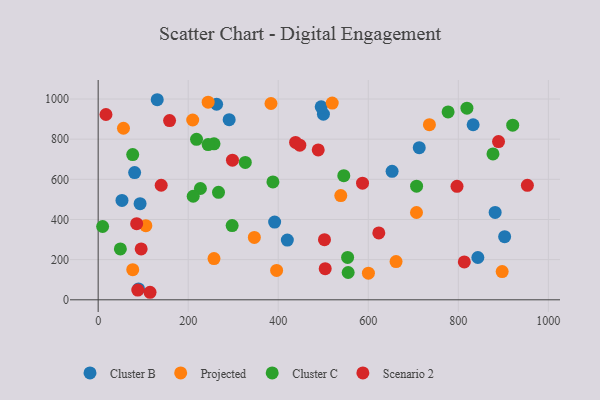
{"axis": {"x": "Experience", "y": "Yield"}, "legend": ["Cluster B", "Cluster C", "Projected", "Scenario 2"], "data": [{"x": "902.9", "y": 314.5, "type": "Cluster B"}, {"x": "843.4", "y": 210.6, "type": "Cluster B"}, {"x": "420.2", "y": 297.4, "type": "Cluster B"}, {"x": "713.2", "y": 757.6, "type": "Cluster B"}, {"x": "500.3", "y": 924.5, "type": "Cluster B"}, {"x": "52.9", "y": 494.9, "type": "Cluster B"}, {"x": "495.4", "y": 961.0, "type": "Cluster B"}, {"x": "392.0", "y": 387.0, "type": "Cluster B"}, {"x": "881.8", "y": 435.4, "type": "Cluster B"}, {"x": "131.2", "y": 996.4, "type": "Cluster B"}, {"x": "81.0", "y": 633.7, "type": "Cluster B"}, {"x": "832.9", "y": 871.8, "type": "Cluster B"}, {"x": "291.0", "y": 896.9, "type": "Cluster B"}, {"x": "93.1", "y": 478.5, "type": "Cluster B"}, {"x": "652.9", "y": 639.9, "type": "Cluster B"}, {"x": "89.8", "y": 54.4, "type": "Cluster B"}, {"x": "263.1", "y": 973.9, "type": "Cluster B"}, {"x": "56.2", "y": 854.3, "type": "Projected"}, {"x": "244.3", "y": 984.2, "type": "Projected"}, {"x": "519.9", "y": 979.8, "type": "Projected"}, {"x": "538.9", "y": 519.1, "type": "Projected"}, {"x": "383.9", "y": 977.5, "type": "Projected"}, {"x": "707.1", "y": 434.7, "type": "Projected"}, {"x": "600.3", "y": 132.8, "type": "Projected"}, {"x": "897.4", "y": 140.6, "type": "Projected"}, {"x": "210.0", "y": 895.4, "type": "Projected"}, {"x": "661.7", "y": 190.4, "type": "Projected"}, {"x": "735.8", "y": 872.3, "type": "Projected"}, {"x": "76.8", "y": 149.9, "type": "Projected"}, {"x": "257.3", "y": 205.5, "type": "Projected"}, {"x": "105.9", "y": 369.2, "type": "Projected"}, {"x": "396.4", "y": 146.5, "type": "Projected"}, {"x": "346.9", "y": 310.9, "type": "Projected"}, {"x": "267.3", "y": 535.2, "type": "Cluster C"}, {"x": "257.3", "y": 776.6, "type": "Cluster C"}, {"x": "218.5", "y": 799.3, "type": "Cluster C"}, {"x": "920.8", "y": 869.7, "type": "Cluster C"}, {"x": "777.3", "y": 935.8, "type": "Cluster C"}, {"x": "9.9", "y": 365.0, "type": "Cluster C"}, {"x": "819.1", "y": 954.2, "type": "Cluster C"}, {"x": "244.3", "y": 773.0, "type": "Cluster C"}, {"x": "227.1", "y": 554.2, "type": "Cluster C"}, {"x": "555.3", "y": 136.1, "type": "Cluster C"}, {"x": "326.8", "y": 684.0, "type": "Cluster C"}, {"x": "545.6", "y": 618.0, "type": "Cluster C"}, {"x": "49.3", "y": 253.4, "type": "Cluster C"}, {"x": "707.3", "y": 565.9, "type": "Cluster C"}, {"x": "211.1", "y": 515.7, "type": "Cluster C"}, {"x": "877.0", "y": 726.5, "type": "Cluster C"}, {"x": "297.6", "y": 369.8, "type": "Cluster C"}, {"x": "388.2", "y": 587.2, "type": "Cluster C"}, {"x": "76.7", "y": 723.2, "type": "Cluster C"}, {"x": "554.1", "y": 211.2, "type": "Cluster C"}, {"x": "889.3", "y": 787.8, "type": "Scenario 2"}, {"x": "447.9", "y": 770.1, "type": "Scenario 2"}, {"x": "140.0", "y": 570.5, "type": "Scenario 2"}, {"x": "813.3", "y": 188.7, "type": "Scenario 2"}, {"x": "438.5", "y": 783.8, "type": "Scenario 2"}, {"x": "587.2", "y": 580.8, "type": "Scenario 2"}, {"x": "88.0", "y": 48.7, "type": "Scenario 2"}, {"x": "953.4", "y": 570.1, "type": "Scenario 2"}, {"x": "502.7", "y": 299.5, "type": "Scenario 2"}, {"x": "158.6", "y": 892.8, "type": "Scenario 2"}, {"x": "797.1", "y": 565.3, "type": "Scenario 2"}, {"x": "488.8", "y": 746.6, "type": "Scenario 2"}, {"x": "85.5", "y": 379.2, "type": "Scenario 2"}, {"x": "17.3", "y": 922.9, "type": "Scenario 2"}, {"x": "298.3", "y": 695.5, "type": "Scenario 2"}, {"x": "504.3", "y": 155.1, "type": "Scenario 2"}, {"x": "115.2", "y": 37.5, "type": "Scenario 2"}, {"x": "623.4", "y": 333.2, "type": "Scenario 2"}, {"x": "95.5", "y": 253.2, "type": "Scenario 2"}]}